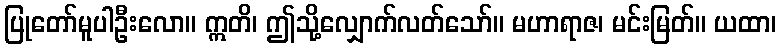
ပြုတော်မူပါဦးလော။ ဣတိ၊ ဤသို့လျှောက်လတ်သော်။ မဟာရာဇ၊ မင်းမြတ်။ ယထာ၊